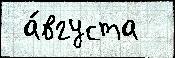
 а́вгуста